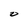
Character: O